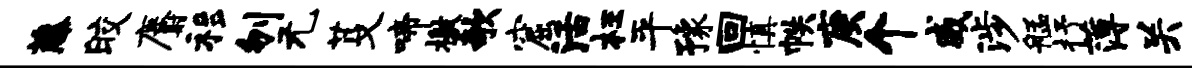
藤皎麝移刎无芟啼檄欹窟活枉平豫回慎帙庚个威涉艋抒薄关